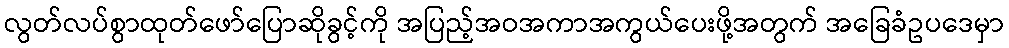
လွတ်လပ်စွာထုတ်ဖော်ပြောဆိုခွင့်ကို အပြည့်အဝအကာအကွယ်ပေးဖို့အတွက် အခြေခံဥပဒေမှာ